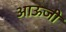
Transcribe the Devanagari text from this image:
आऊजी